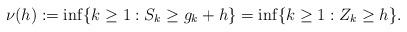
LaTeX: \begin{align*} \nu(h):=\inf\{k\geq1:S_k\geq g_k+h\}=\inf\{k\geq1:Z_k\geq h\}. \end{align*}